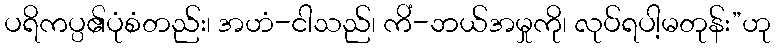
ပရိကပ္ပ၏ပုံစံတည်း၊ အဟံ-ငါသည်၊ ကိံ-ဘယ်အမှုကို၊ လုပ်ရပါ့မတုန်း”ဟု